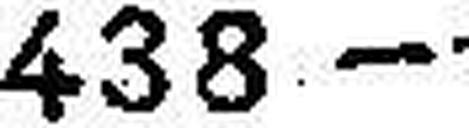
438.—